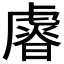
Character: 𧇪